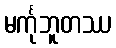
မင်္ကုဘူတဿ